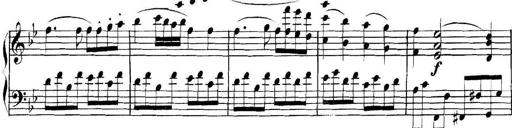
Title: Collected Piano Sonatas
Composer: Muzio Clementi